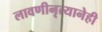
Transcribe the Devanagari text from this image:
लावणीनृत्यानेही